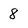
Character: 8